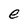
Character: e